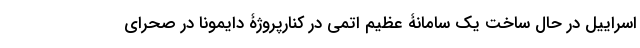
اسراییل در حال ساخت یک سامانۀ عظیم اتمی در کنارپروژۀ دایمونا در صحرای